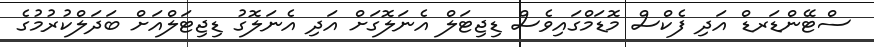
ސްޓޭންޑަރޑް އަދި ފެކްސް މޮޑަމްގައިވެސް ޑިޖިޓަލް އެނަލޮގަށް އަދި އެނަލޮގު ޑިޖިޓަލްއަށް ބަދަލްކުރުމުގެ